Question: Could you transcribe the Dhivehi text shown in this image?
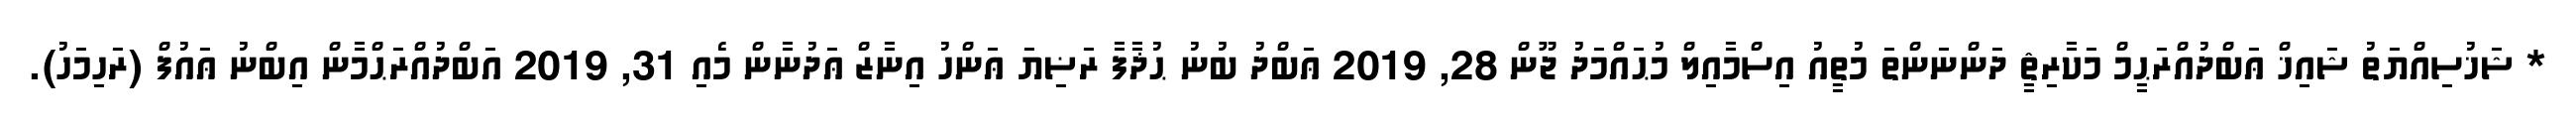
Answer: * ޝަޚުސިއްޔަތު ޝައިޚް ޢަބްދުއްރަޙީމް މަކާރިޘީ ދަންނަންތަ މުތީއު އިސްމާއިލް މުޙައްމަދު ޖޫން 28, 2019 ޢަބްދު ބުނު ޙުޛާފާ ރަޟިޔަ ޢަންހު އިނާޒް ޢަދުނާން މެއި 31, 2019 އަބްދުއްރަޙްމާން އިބްނު ޢައުފް (ރަހިމަހު).